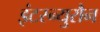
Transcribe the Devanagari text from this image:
इंटरन्युरौन